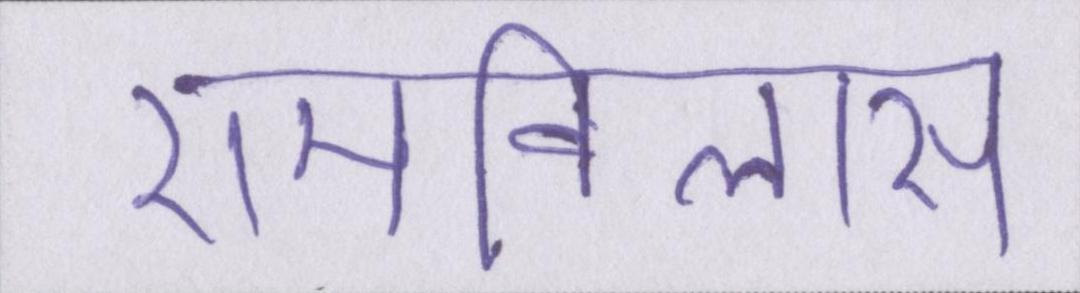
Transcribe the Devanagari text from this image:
रामविलास